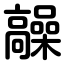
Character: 髞